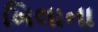
ખિલાના